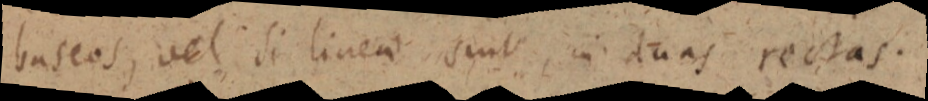
baseos, vel si linea sint, in duas rectas.